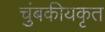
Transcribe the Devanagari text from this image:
चुंबकीयकृत